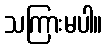
သကြားမပါ။